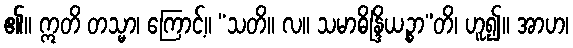
၏။ ဣတိ တသ္မာ၊ ကြောင့်။ “သတိ။ လ။ သမာဓိန္ဒြိယဉ္စာ”တိ၊ ဟူ၍။ အာဟ၊